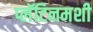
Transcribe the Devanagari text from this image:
प्लॅटिनमशी